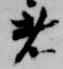
者